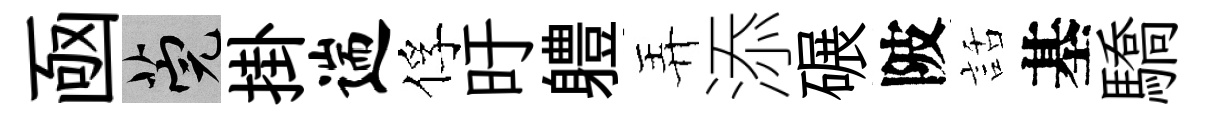
凾筦掛遄俘旴軆弄添碾陂話基驕